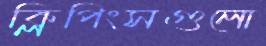
ক্লিপিংসগুলো